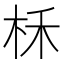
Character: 柇